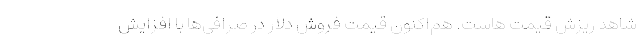
شاهد ریزش قیمت هاست. هم‌اکنون قیمت فروش دلار در صرافی‌ها با افزایش